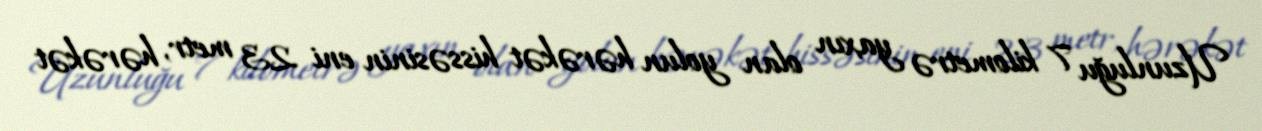
Uzunluğu 7 kilometrə yaxın olan yolun hərəkət hissəsinin eni 23 metr, hərəkət